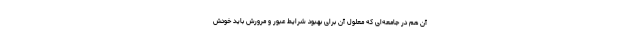
آن هم در جامعه‌ای که معلول آن برای بهبود شرایط عبور و مرورش باید خودش